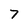
Character: 7